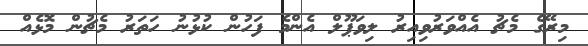
މިރޭގެ މެޗު އެއްވަރުވިއިރު ލިވަޕޫލް އެންމެ ފަހުން ކުޅުނު ހަތަރު މެޗުން މޮޅެއް